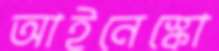
আইনেস্কো